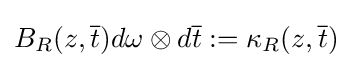
B_{R}(z,{\overline {t}})d\omega \otimes d{\overline {t}}:=\kappa _{R}(z,{\overline {t}})